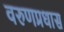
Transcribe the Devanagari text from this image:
वरुणप्रधास